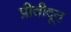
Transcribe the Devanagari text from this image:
प्रीतीदूत